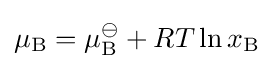
\mu _{\mathrm {B} }=\mu _{\mathrm {B} }^{\ominus }+RT\ln x_{\mathrm {B} }